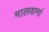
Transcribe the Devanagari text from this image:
मालवानां